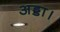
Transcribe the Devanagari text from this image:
अड्डा।